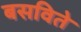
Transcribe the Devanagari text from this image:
बसविते